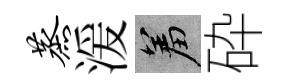
蒸湲羞砕